Vaccination in Burma 1920-1933 - 1920-1933
Year: 1920
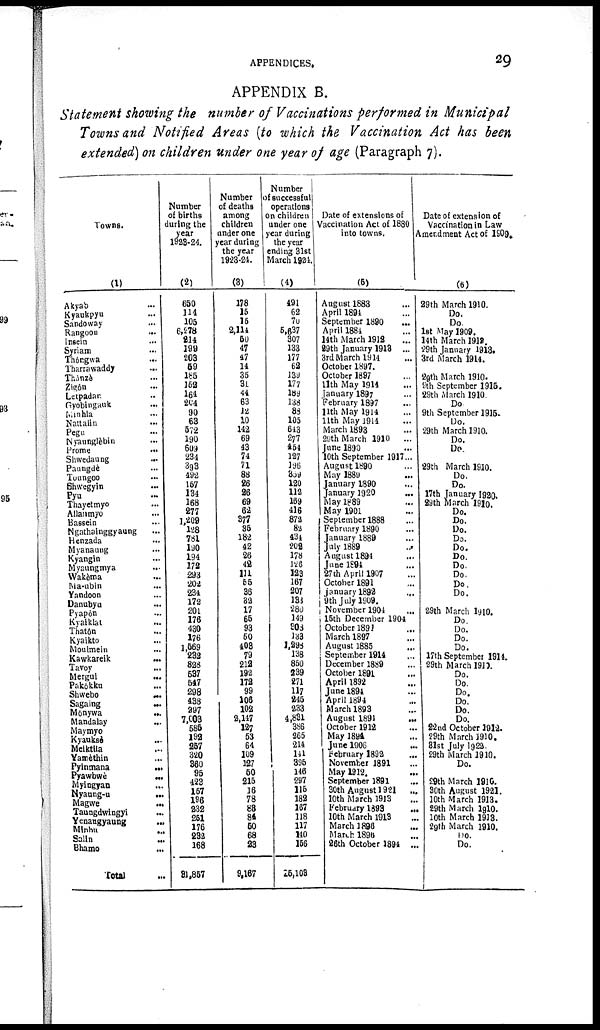
APPENDICES.
29
APPENDIX B.
Statement showing the number of Vaccinations performed in Municipal
Towns and Notified Areas (to which the Vaccination Act has been
extended) on children under one year of age (Paragraph 7).
Towns.
(1)
Akyab ...
Kyaukpyu ...
Sandoway ...
Rangoon
...
Insein
...
Syriam ...
Thôngwa
...
Tharrawaddy ...
Thônzè ...
Zigôn ...
Letpadan ...
Gyobingauk
...
Minhla ...
Nattalin
...
Pegu
...
Nyaungièbin
...
Nyaunglèbin
...
Shwedaung
…
Paungdé
...
Toungoo
...
Shwegyin
...
Pyu
...
Thayetmyo
...
Allanmyo
...
Bassein
...
Ngathainggyaung
...
Henzada ...
Myanaung
...
Kyangin
...
Myaungmya
...
Wakèma ...
Ma-ubin
...
Yandoon
...
Danubyu ...
Pyapôn ...
Kyalklat
...
Thatôn
...
Kyaikto
...
Moulmein
...
Kawkareik
...
Tavoy ...
Mergui
...
Pakôkku
...
Shwebo
…
Sagaing ...
Mônywa
...
Mandalay
...
Maymyo ...
Kyauksè ...
Meiktia
...
Vamèthin ...
Pyinmana ...
Pyawbwè
...
Myingyan ...
Nyaungr-u ...
Magwe ...
Taungdwingyi ...
Yenaugyaung ...
Minbu ...
Salin ...
Bhamo
...
Total ...
Number
of births
during the
year
1923-24.
(2)
650
114
105
6,278
214
199
203
59
185
152
164
264
90
63
572
190
609
234
393
492
157
134
168
277
1,209
128
781
190
194
172
293
202
231
172
201
176
430
176
1,569
232
828
537
547
298
438
297
7,003
585
192
257
320
360
95
423
157
196
232
251
176
282
168
31,857
Number
of deaths
among
children
under one
year during
the year
1923-24.
(3)
178
15
15
2,114
50
47
47
14
35
31
44
63
12
10
142
69
43
74
71
88
26
26
69
62
377
35
182
42
26
42
111
55
36
32
17
65
93
50
408
79
212
192
172
99
106
102
2,147
127
53
64
109
127
50
215
16
78
88
84
50
68
23
9.167
Number
of successful
operations
on children
under one
year during
the year
ending 31st
March 1924.
(4)
491
62
70
5,637
307
133
177
62
139
177
189
138
88
105
643
277
454
127
196
339
120
112
189
416
872
82
434
202
178
126
129
167
207
133
280
149
808
133
1,293
138
860
239
271
117 245
233
4,831
386
265
214
141
395
146
297
115
182
167
118
117
140
156
26,108
Date of extensions of
Vaccination Act of 1880
into towns.
(5)
August 1883 ...
April 1891 ...
September 1890
April 1884 ...
14th March 1912 ...
29th January 1913 ...
3rd March 1914 ...
October 1897.
October 1897 ...
11th May 1914
January 1897 ...
February 1897 ...
11th May 1914 ...
11th May 1914 ...
March 1893 ...
29th March 1910 ...
June 1890 ...
10th September 191 ...
August 1890 ...
May 1889 ...
January 1890 ...
January 1920
...
May 1889 ...
May 1901 ...
September 1888 ...
February 1890 ...
January 1889 ...
July 1889
...
August 1894
...
June 1694 ...
27th April 1907 ...
October 1891 ...
January 1892 ...
9th July 1909 ...
November 1904
...
15th December 1904
October 1891 ...
March 1897 ...
August 1885 ...
September 1914 ...
December 1889 ...
October 1891 ...
April 1892 ...
June 1891 ...
April 1894 ...
March 1893 ...
August 1891
...
October 1912 ...
May 1894 ...
June 1906 ...
February 1892 ...
November 1891 ...
May 1912. ...
September 1891 ...
30th August 1921 .....
10th March 1913 ...
February 1893
...
10th March 1913 ...
March 1896 ...
March 1896 ...
26th October 1894 ..
Date of extension of
Vaccination in Law
Amendment Act of 1909.
(6)
29th March 1910.
Do.
Do.
1st May 1909.
14th March 1912.
29th January 1913.
3rd March 1914.
29th March 1910.
9th September 1915.
29th March 1910
Do
9th September 1915.
Do.
29th March 1910.
Do.
Do.
29th March 1910.
Do.
Do.
17th January 1920.
29th March 1910.
Do.
Do.
Do.
Do.
Do.
Do.
Do.
Do.
Do.
Do.
29th March 1910.
Do
Do.
Do.
Do.
17th September 1914.
29th March 1910.
Do.
Do.
Do.
Do.
Do.
Do.
32nd October 1912.
29th March 1910.
31st July 1922.
29th March 1910.
Do.
29th March 1910.
30th August 1921.
10th March 1913.
29th March 1910.
10th March 1913.
29th March 1910.
Do.
Do.